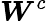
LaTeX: \boldsymbol{W}^{c}